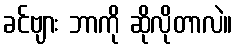
ခင်ဗျား ဘာကို ဆိုလိုတာလဲ။